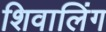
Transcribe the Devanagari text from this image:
शिवालिंग